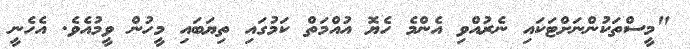
"މީސްތަކުންނަށްޓަކައި ނެރުއްވި އެންމެ ހެޔޮ އުއްމަތް ކަމުގައި ތިޔަބައި މީހުން ވީމުއެވެ. އެހެނީ